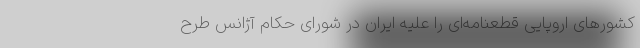
کشورهای اروپایی قطعنامه‌ای را علیه ایران در شورای حکام آژانس طرح